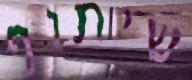
שיתוף